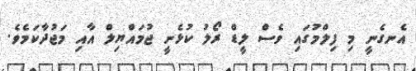
އެނގެނީ މި ފިލްމުގައި ވެސް ލީޑް ރޯލު ކުޅެނީ ޖުމައްޔިލް އާއި މަޖުދާކަމެވެ.